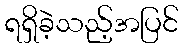
ရရှိခဲ့သည့်အပြင်